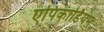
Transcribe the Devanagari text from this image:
एपिकार्डियम